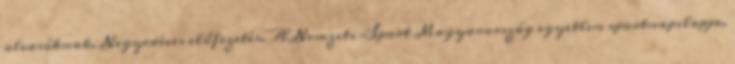
olvasóknak. Negyedéves előfizetés. A Nemzeti Sport Magyarország egyetlen sportnapilapja.